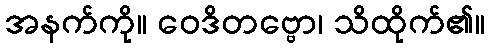
အနက်ကို။ ဝေဒိတဗ္ဗော၊ သိထိုက်၏။